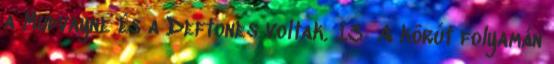
a Mudvayne és a Deftones voltak. 13 A körút folyamán